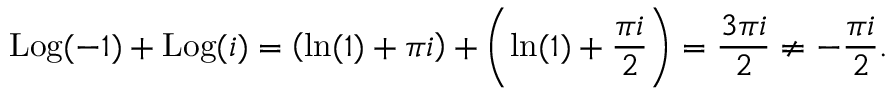
\operatorname { L o g } ( - 1 ) + \operatorname { L o g } ( i ) = \left( \ln ( 1 ) + \pi i \right) + \left( \ln ( 1 ) + { \frac { \pi i } { 2 } } \right) = { \frac { 3 \pi i } { 2 } } \neq - { \frac { \pi i } { 2 } } .